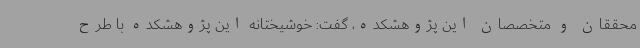
محققان و متخصصان این پژوهشکده، گفت: خوشیختانه این پژوهشکده با طرح